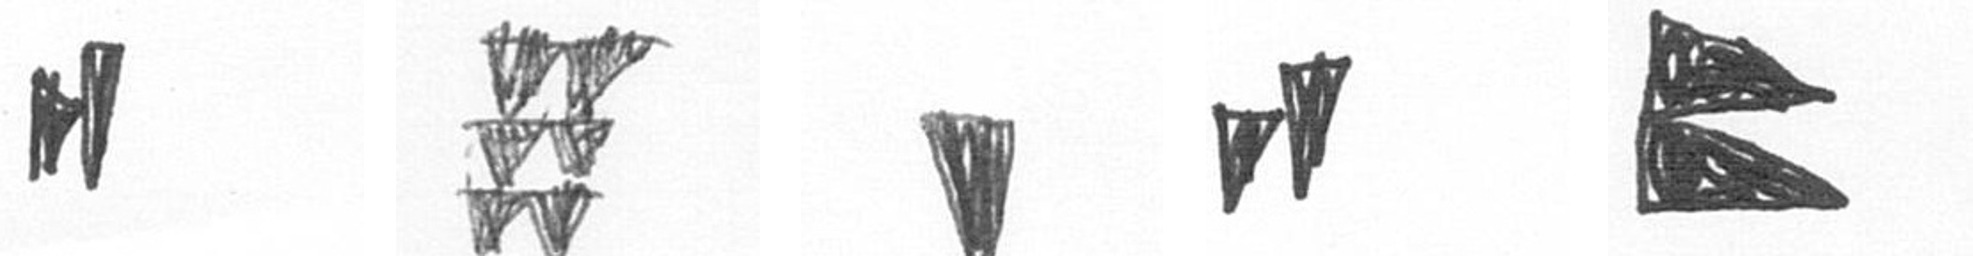
M Y J M P